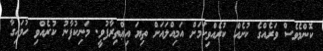
ކޮންމެވެސް ވަރެއްގެ ކުށެއް ކުރެއްވިކަމަށް އަމިއްލައަށް ތިޔަ އިޢްތިރާފުވީ. މަނިކުފާނު ކުރެއްވި ހުވައިގާ